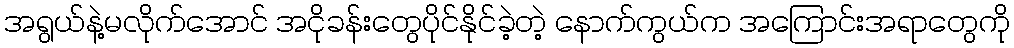
အရွယ်နဲ့မလိုက်အောင် အငိုခန်းတွေပိုင်နိုင်ခဲ့တဲ့ နောက်ကွယ်က အကြောင်းအရာတွေကို